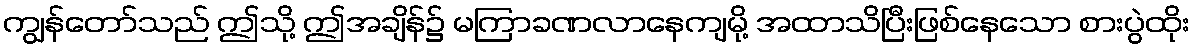
ကျွန်တော်သည် ဤသို့ ဤအချိန်၌ မကြာခဏလာနေကျမို့ အထာသိပြီးဖြစ်နေသော စားပွဲထိုး